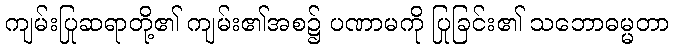
ကျမ်းပြုဆရာတို့၏ ကျမ်း၏အစ၌ ပဏာမကို ပြုခြင်း၏ သဘောဓမ္မတာ